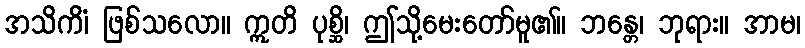
အသိကိံ၊ ဖြစ်သလော။ ဣတိ ပုစ္ဆိ၊ ဤသို့မေးတော်မူ၏။ ဘန္တေ၊ ဘုရား။ အာမ၊